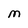
Character: M